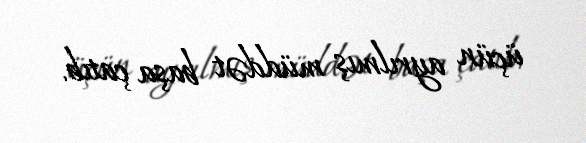
üçün ayrılmış müddət başa çatıb.